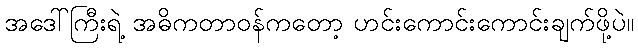
အဒေါ်ကြီးရဲ့ အဓိကတာဝန်ကတော့ ဟင်းကောင်းကောင်းချက်ဖို့ပဲ။